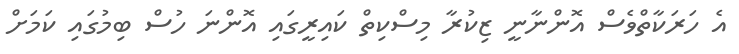
އެ ހަރަކާތްވެސް އޮންނާނީ ޒިކުރާ މިސްކިތް ކައިރީގައި އޮންނަ ހުސް ބިމުގައި ކަމަށް